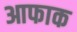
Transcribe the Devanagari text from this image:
आफाक